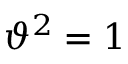
\vartheta ^ { 2 } = 1